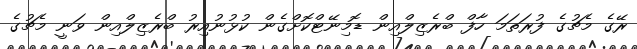
ރޭގެ މެޗުގެ ފުރަތަމަ ހާފް ބްރެޒިލްއިން ޑޮމިނޭޓްކޮށްގެން ކުޅުނުއިރު ބްރެޒިލްއިން ވަނީ މެޗުގެ